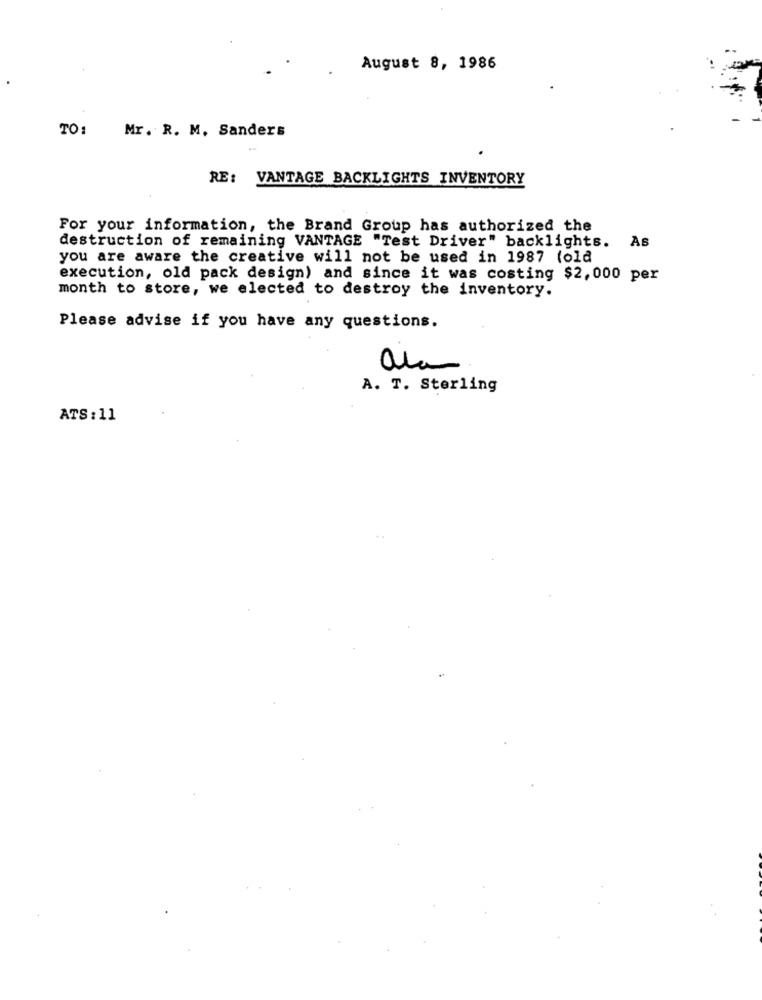
August 8, 1986
TO:
Mr. R. M. Sanders
RE: VANTAGE BACKLIGHTS INVENTORY
For your information, the Brand Group has authorized the
destruction of remaining VANTAGE "Test Driver" backlights. As
you are aware the creative will not be used in 1987 (old
execution, old pack design) and since it was costing $2,000 per
month to store, we elected to destroy the inventory.
Please advise if you have any questions.
A. T. Sterling
ATS: 11